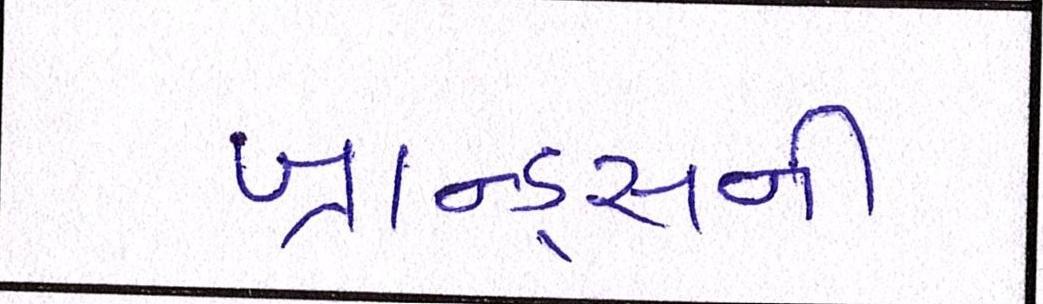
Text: બ્રાન્ડ્સની